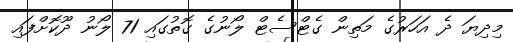
މިދިޔަ ދެ އަހަރުގެ މަތިން ގެޓްސެޓް ލޯނުގެ ގޮތުގައި 71 ލޯނު ދޫކޮށްފައި